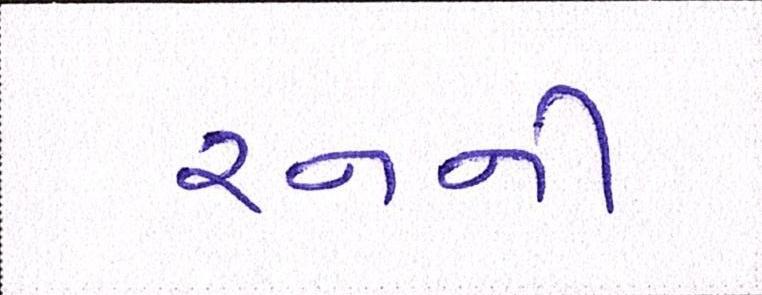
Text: રનની